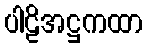
ပါဠိအဋ္ဌကထာ